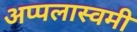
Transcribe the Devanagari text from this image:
अप्पलास्वमी